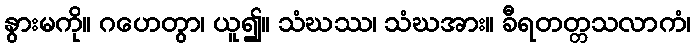
နွားမကို။ ဂဟေတွာ၊ ယူ၍။ သံဃဿ၊ သံဃအား။ ခီရတတ္တသလာကံ၊